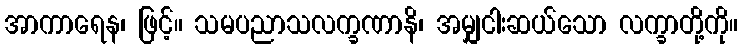
အာကာရေန၊ ဖြင့်။ သမပညာသလက္ခဏာနိ၊ အမျှငါးဆယ်သော လက္ခာတို့ကို။